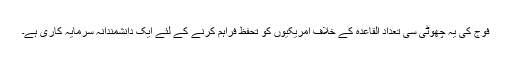
فوج کی یہ چھوٹی سی تعداد القاعدہ کے خلاف امریکیوں کو تحفظ فراہم کرنے کے لئے ایک دانشمندانہ سرمایہ کاری ہے۔